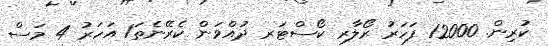
ކުރިން. 12000 ފަހަރު ރޯލާރ ކޯސްޓަރ ދުއްވަން ކެރޭނެތަ1 އަހަރު 4 މަސް